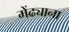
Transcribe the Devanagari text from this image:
मेंढ्याना